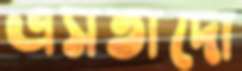
এসতাদো